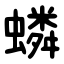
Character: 䗲